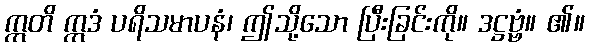
ဣတိ ဣဒံ ပရိသမာပနံ၊ ဤသို့သော ပြီးခြင်းကို။ ဒဋ္ဌဗ္ဗံ။ ၏။